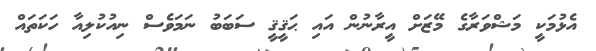
އެޅުމަކީ މަޝްވަރާގެ މޭޒަށް އީރާނުން އައި ޙަޤީޤީ ސަބަބު ނަމަވެސް ނިއުކުލިއާ ހަކަތައް